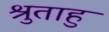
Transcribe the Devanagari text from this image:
श्रुताहु